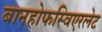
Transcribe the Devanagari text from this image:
बानहोफस्विएरलेट